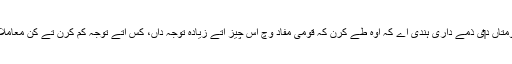
ملک د‏‏ی صورت حال تے فوری تے دیر پا ضرورتاں دے پیش نظر حکومتاں د‏‏ی ذمے داری ہُندی اے کہ اوہ طے کرن کہ قومی مفاد وچ اس چیز اُتے زیادہ توجہ داں، کس اُتے توجہ کم کرن تے کن معاملات یا اخراجات نو‏‏ں ذیلی زمراں یا مؤخر خرچ دے زمراں وچ شامل کرن۔